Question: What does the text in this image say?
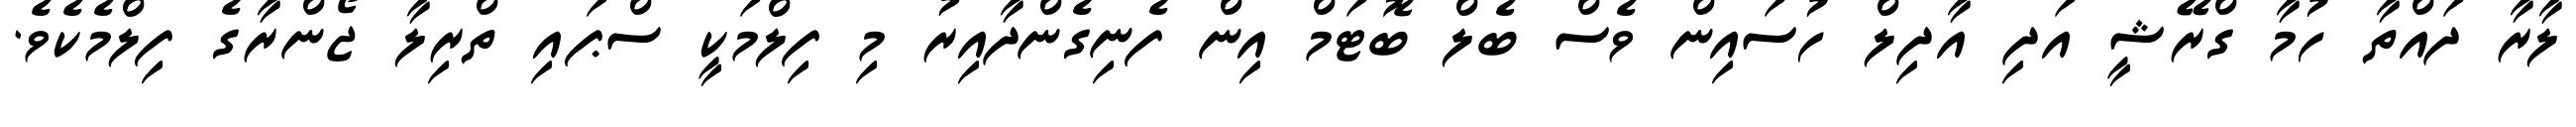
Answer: ލާރާ ދައްތާ ހުމާ ގްރޭޝީ އަދި އާދިލް ހުސައިން ވެސް ބެލް ބޮޓަމް އިން ފެނިގެންދާއިރު މި ފިލްމަކީ ސްޕައި ތްރިލާ ޖޯންރާގެ ފިލްމެކެވެ.